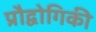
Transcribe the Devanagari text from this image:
प्रौद्वोगिकी